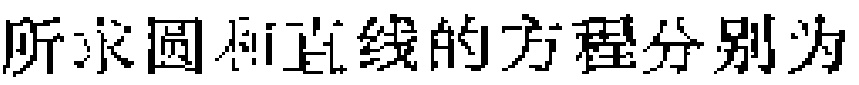
所求圆和直线的方程分别为